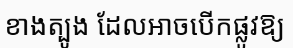
ខាងត្បូង ដែលអាចបើកផ្លូវឱ្យ